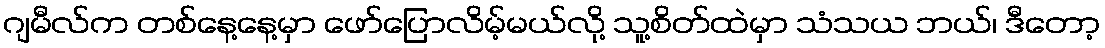
ဂျမီလ်က တစ်နေ့နေ့မှာ ဖော်ပြောလိမ့်မယ်လို့ သူ့စိတ်ထဲမှာ သံသယ ဘယ်၊ ဒီတော့